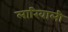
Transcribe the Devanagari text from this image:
लारिवाली